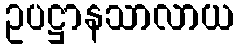
ဥပဋ္ဌာနသာလာယ